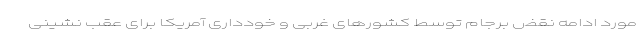
مورد ادامه نقض برجام توسط کشورهای غربی و خودداری آمریکا برای عقب نشینی